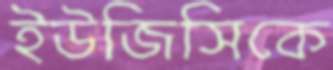
ইউজিসিকে